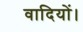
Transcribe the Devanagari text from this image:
वादियों।